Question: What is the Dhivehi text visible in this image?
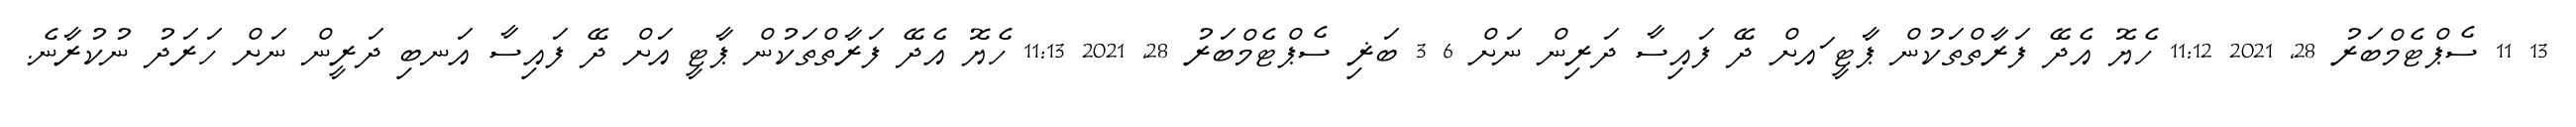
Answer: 13 11 ސެޕްޓެމްބަރު 28, 2021 11:12 ހެޔޮ އެދޭ ފަރާތްތަކުން ޕާޓީ ައށް ދޭ ފައިސާ ދަރިން ނަށް 6 3 ބަޜި ސެޕްޓެމްބަރު 28, 2021 11:13 ހެޔޮ އެދޭ ފަރާތްތަކުން ޕާޓީ އަށް ދޭ ފައިސާ އަނބި ދަރީން ނަށް ހަރަދު ނުކުރާނެ.